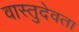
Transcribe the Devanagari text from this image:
वास्तुदेवता